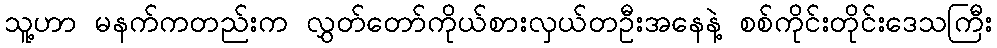
သူ့ဟာ မနက်ကတည်းက လွှတ်တော်ကိုယ်စားလှယ်တဦးအနေနဲ့ စစ်ကိုင်းတိုင်းဒေသကြီး